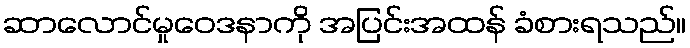
ဆာလောင်မှုဝေဒနာကို အပြင်းအထန် ခံစားရသည်။